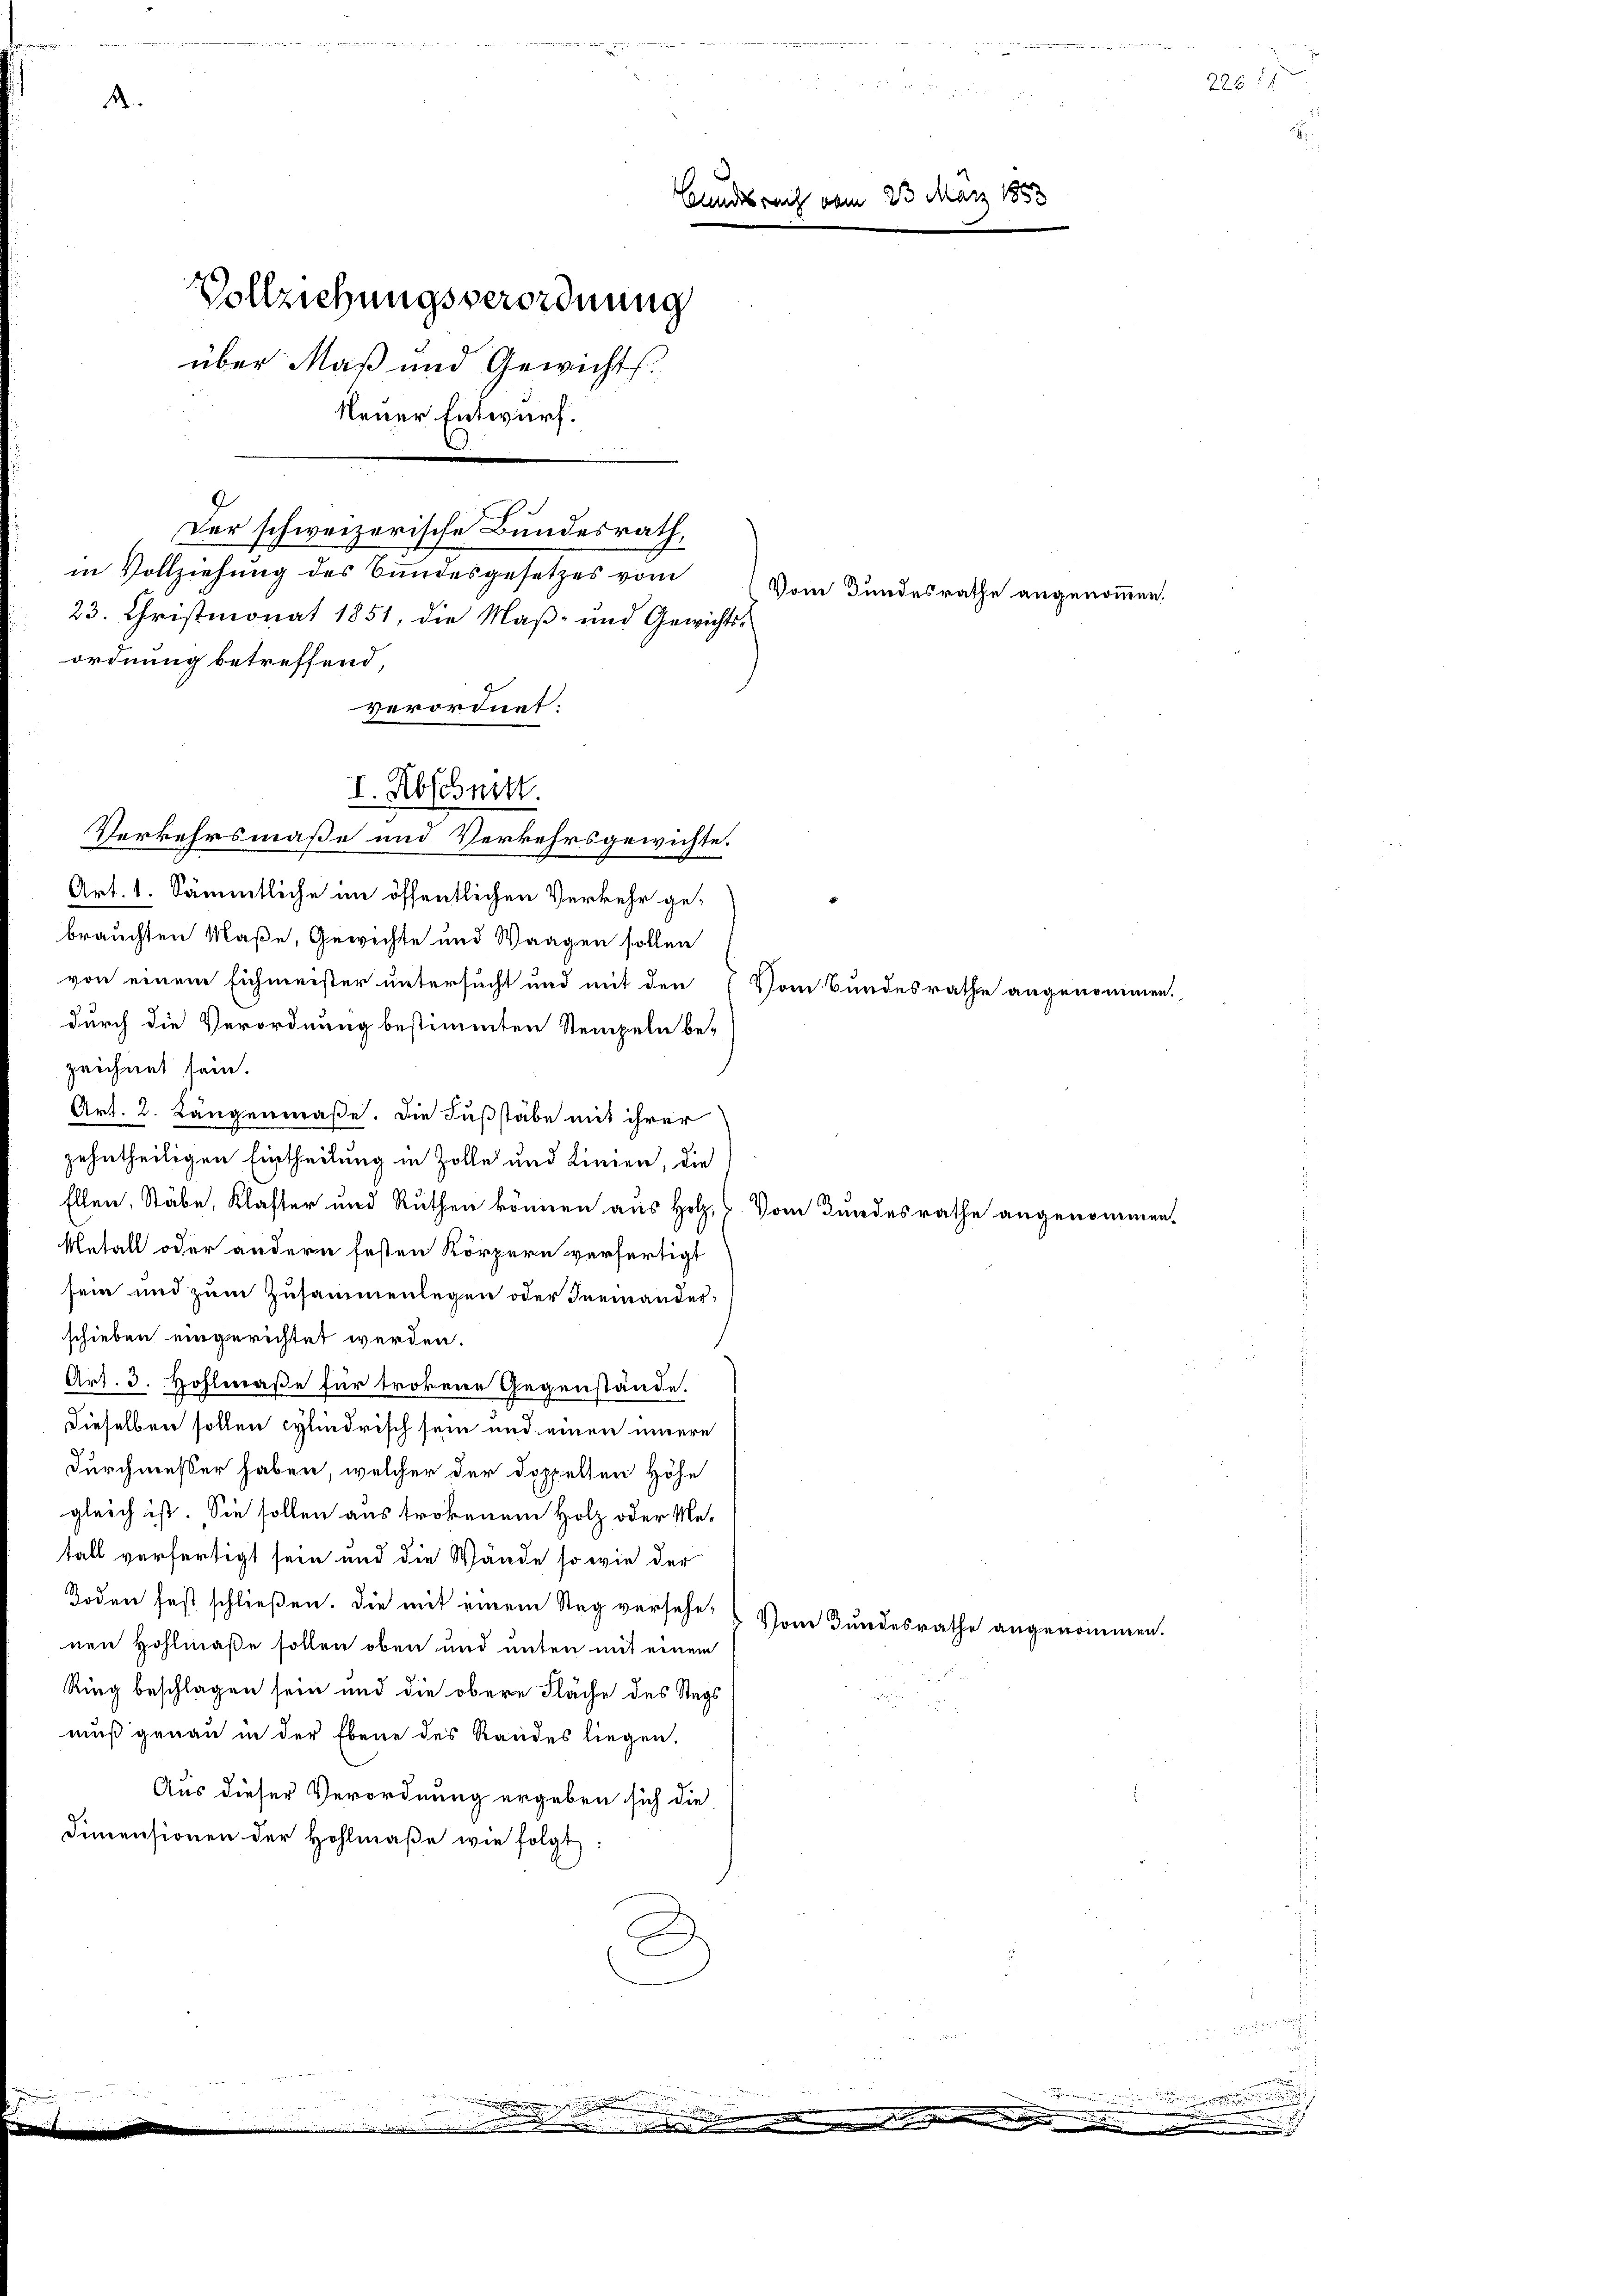
A

Bundesrecht vom 23. März 1853
Vollziehungsverordnung
über Maß und Gewichts.
Neuer Entwurf.
9
Der schweizerische Bundesrath,
in Vollziehung des Bundesgesetzes vom
Vom Bundesrathe angenommen
23. Christmonat 1851, die Maß- und Gewichts-

ordnung betreffend,
verordnet.
Art. 1. Sämmtliche im öffentlichen Verkehr gebrauchten Maße, Gewichte und Waagen sollen
von einen Eichmeister untersucht und mit den
durch die Verordnung bestimmten Stempeln be-
zeichnet sein.
Art. 2. Längenmaße. Die Fußstabe mit ihrer
zehntheiligen Eintheilung in Zolle und Linien, die
Ellen, Stäbe, Klaster und Ruthen können aus Holz,  Vom Bundesrathe angeno
Metall oder andern festen Körpern verfertigt
sein und zum Zusammenlegen oder Ineinander
schieben eingerichtet werden.
Art. 3. Hohlmaße für trokene Gegenstände.
dieselben sollen cylindrisch sein und einen innere
Durchmesser haben, welcher der doppelten Höhe
gleich ist. Sie sollen aus trokenem Holz oder Me-
tall verfertigt sein und die Wände so wie der
Boden fest schließen. Die mit einem Steg versehe¬
Vom Bundesrathe ange
nen Hohlmaße sollen oben und unten mit einem
Ring beschlagen sein und die obere Fläche des Stags
muß genau in der Ebene des Randes liegen.
Aus dieser Verordnung ergeben sich die
Dimensionen der Hohlmaße wie folgt:

I. Abschnitt.
Verkehrsmaße und Verkehrsgewichte.

.
.
.................

Vom Bundesrathe angenom¬

e

226

.